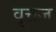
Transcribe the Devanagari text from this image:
वृत्तज